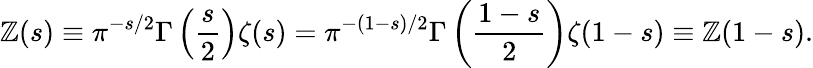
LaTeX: \mathbb{Z}(s)\equiv\pi^{-s/2}\Gamma\left(\frac{{s}}{{2}}\right)\zeta(s)=\pi^{-(1-s)/2}\Gamma\left(\frac{{1-s}}{{2}}\right)\zeta(1-s)\equiv\mathbb{Z}(1-s).